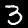
Digit: 3